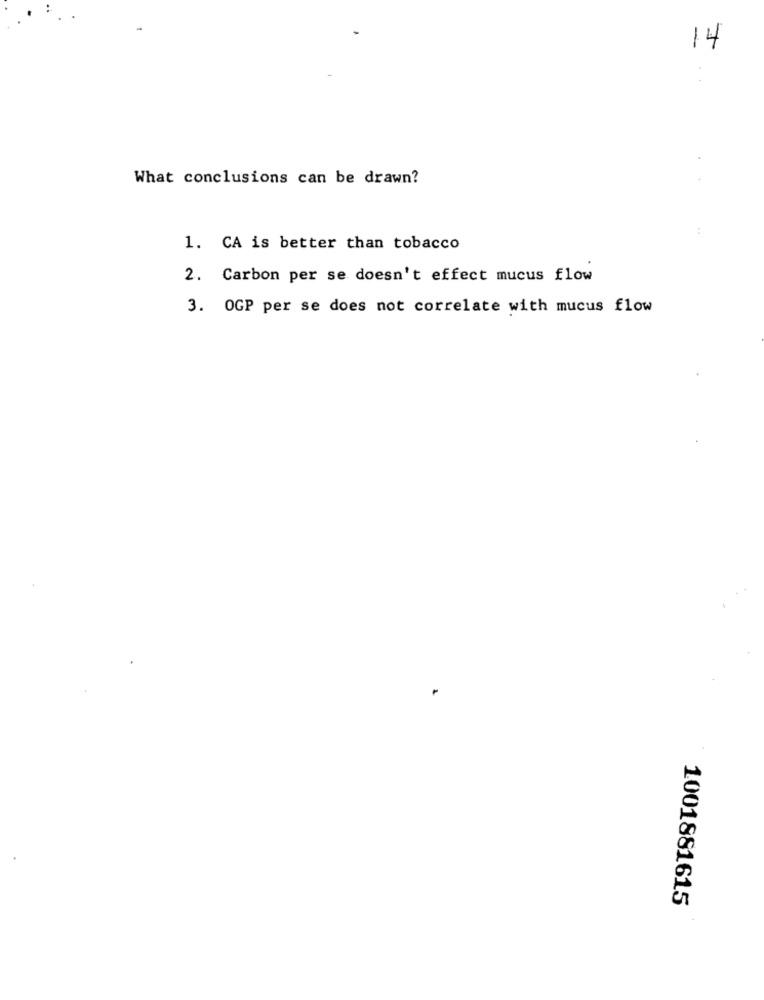
14
What conclusions can be drawn?
1. CA is better than tobacco
2. Carbon per se doesn't effect mucus flow
3. OGP per se does not correlate with mucus flow
1001881615